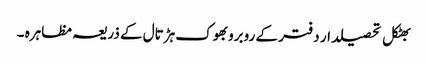
بھٹکل تحصیلدار دفتر کے روبروبھوک ہڑتال کے ذریعہ مظاہرہ ۔